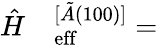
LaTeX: \begin{array}{rl}{\hat{H}}&{{}_\mathrm{eff}^{[\tilde{A}(100)]}=}\end{array}